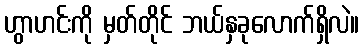
ဟွာဟင်းကို မှတ်တိုင် ဘယ်နှခုလောက်ရှိလဲ။